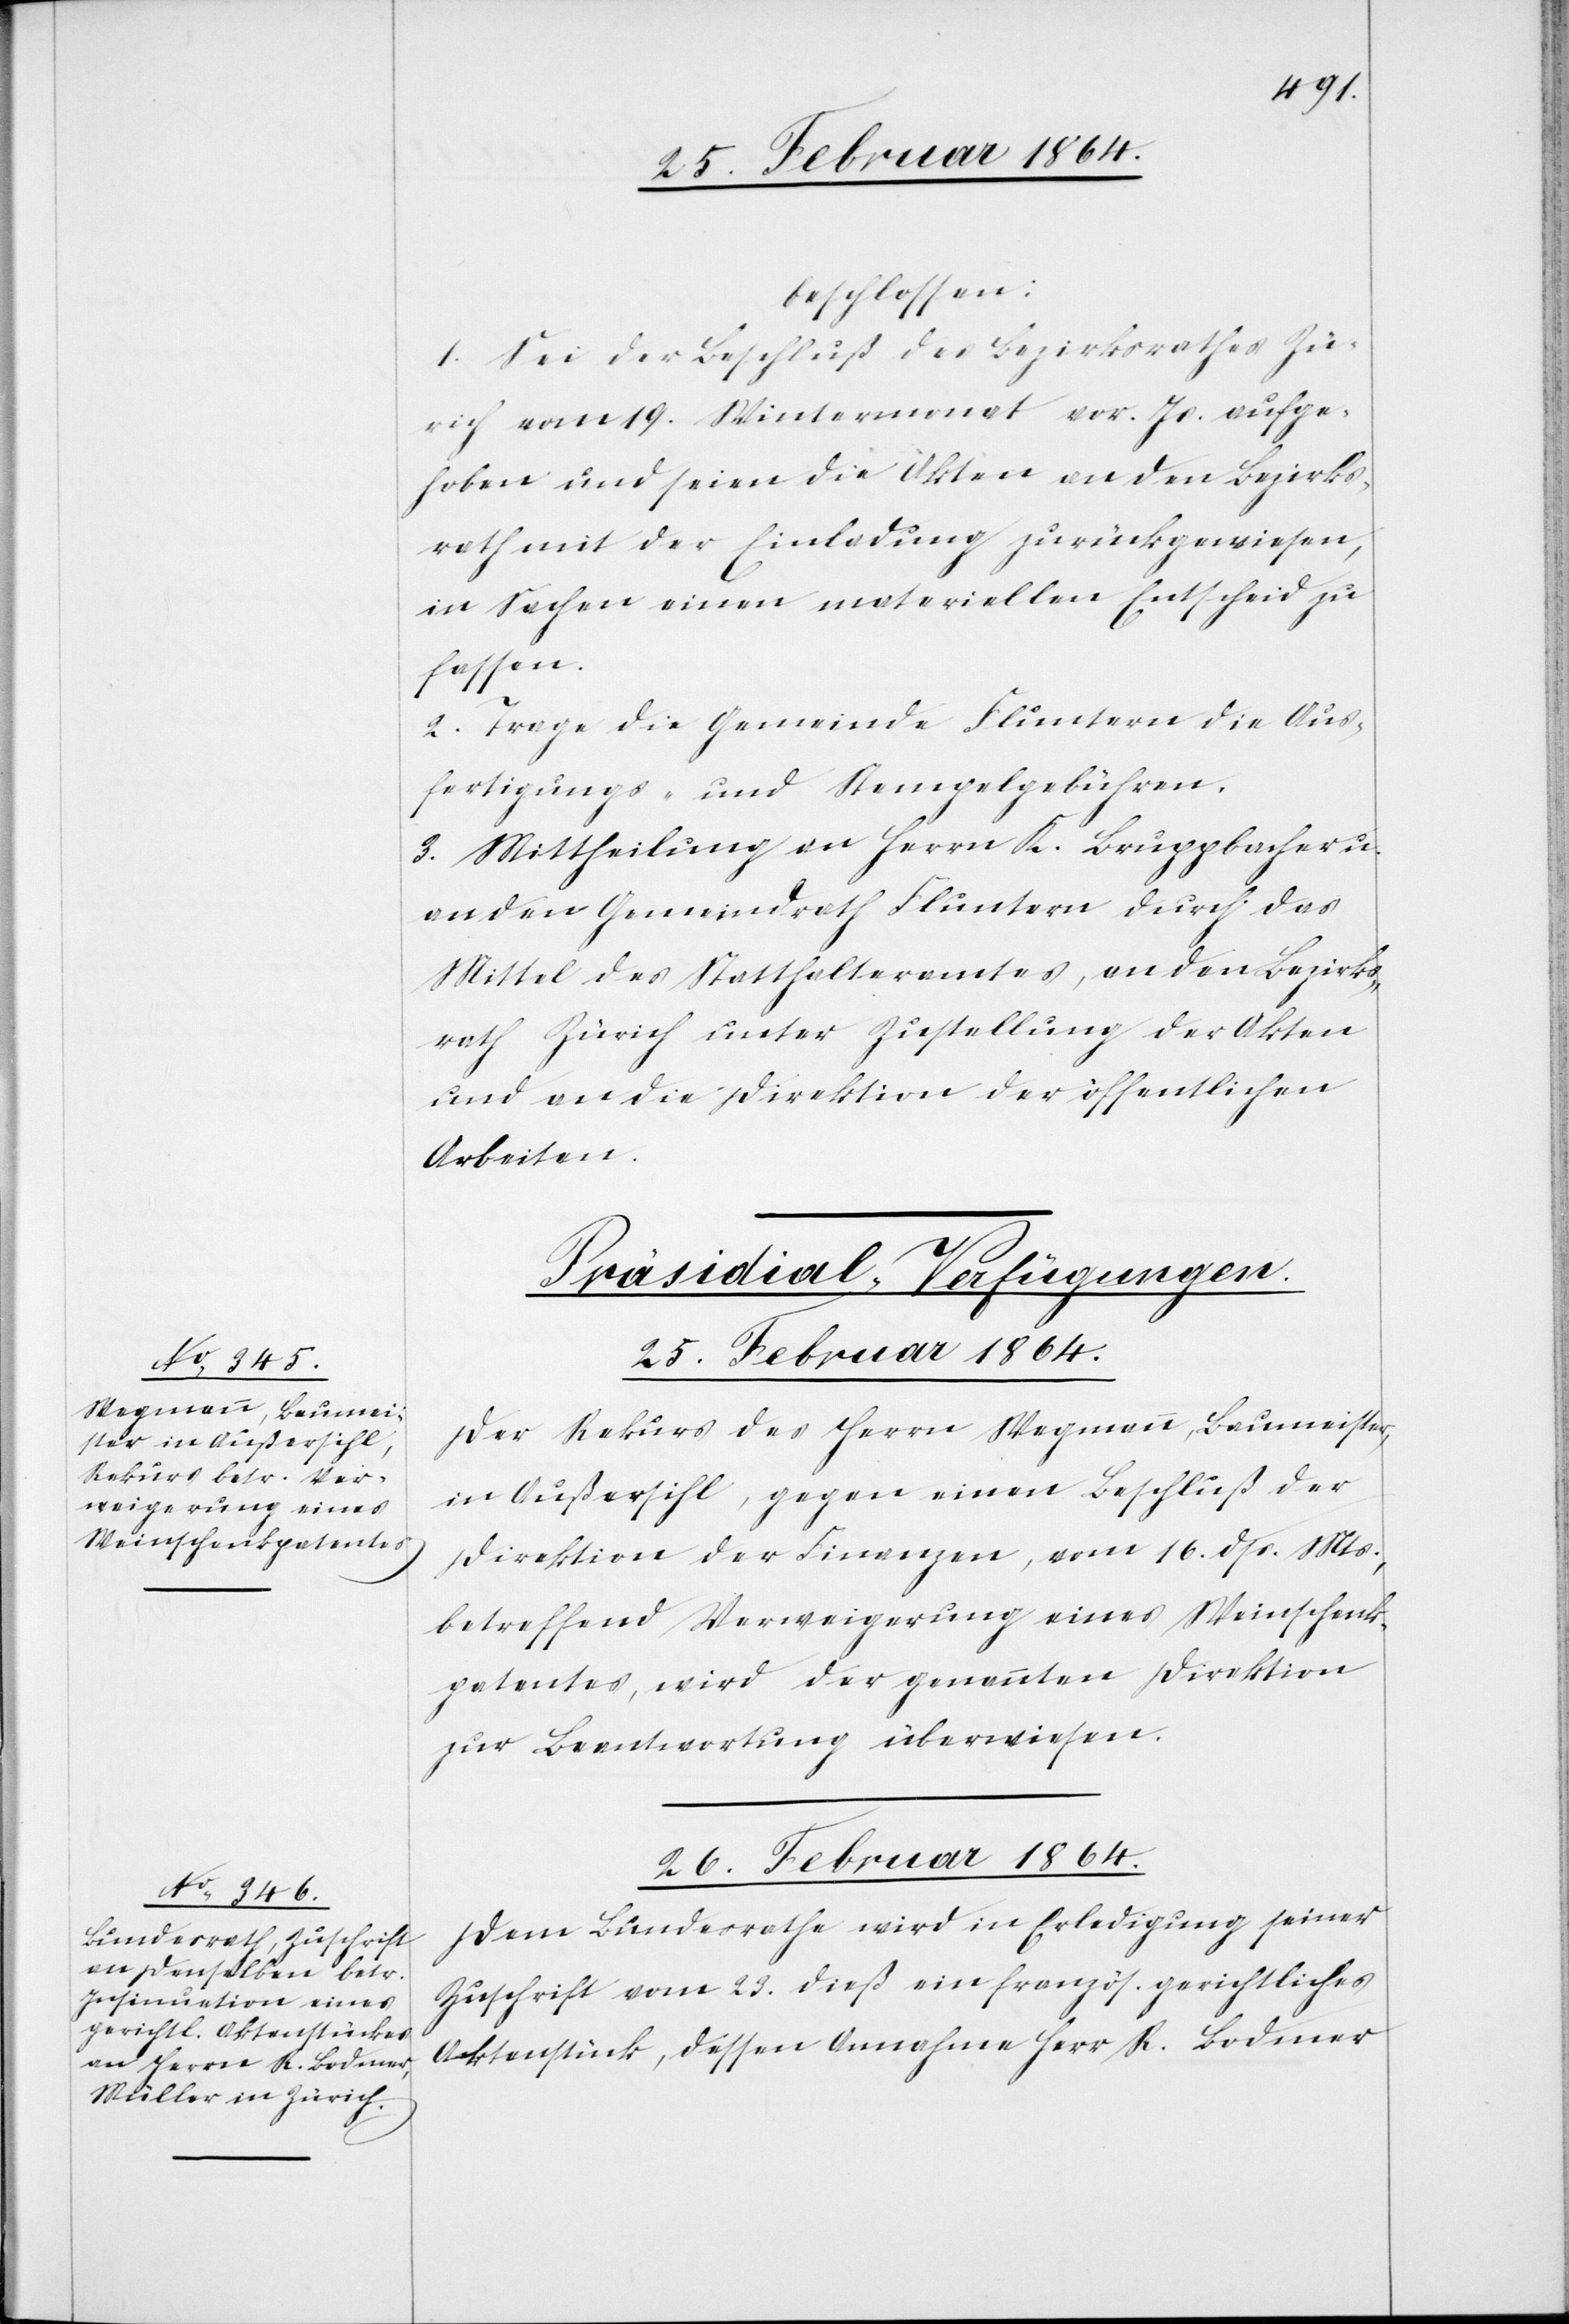
beschlossen:
1. Sei der Beschluß des Bezirksrathes Zü¬
rich vom 19. Wintermonat vor. Js. aufge¬
hoben und seien die Akten an den Bezirks¬
rath mit der Einladung zurückgewiesen,
in Sachen einen materiellen Entscheid zu
fassen.
2. Trage die Gemeinde Fluntern die Aus¬
fertigungs- und Stempelgebühren.
3. Mittheilung an Herrn K. Bruppacher u.
an den Gemeindrath Fluntern durch das
Mittel des Statthalteramtes, an den Bezirks¬
rath Zürich unter Zustellung der Akten
und an die Direktion der öffentlichen
Arbeiten.
[Präsidial-Verfügungen.]
25. Februar 1864.
Der Rekurs des Herrn Wegmann, Baumeister,
in Außersihl, gegen einen Beschluß der
Direktion der Finanzen, vom 16. dss. Mts.,
betreffend Verweigerung eines Weinschenk¬
patentes, wird der genannten Direktion
zur Beantwortung überwiesen.
26. Februar 1864.
Dem Bundesrathe wird in Erledigung seiner
Zuschrift vom 23. dieß ein französ. gerichtliches
Aktenstück, dessen Annahme Herr R. Bodmer